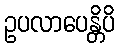
ဥပလာပေန္တိပိ